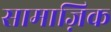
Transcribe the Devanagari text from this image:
सामाज़िक